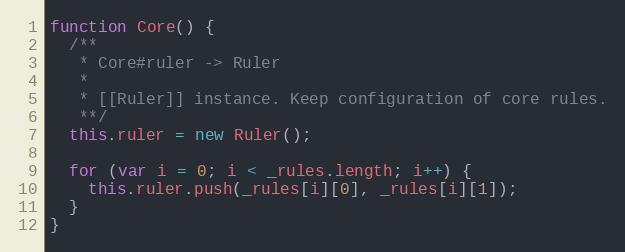
Language: JavaScript
function Core() {
  /**
   * Core#ruler -> Ruler
   *
   * [[Ruler]] instance. Keep configuration of core rules.
   **/
  this.ruler = new Ruler();

  for (var i = 0; i < _rules.length; i++) {
    this.ruler.push(_rules[i][0], _rules[i][1]);
  }
}